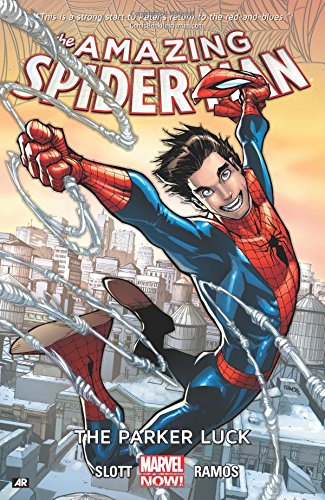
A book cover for Amazing Spider-Man Volume 1: The Parker Luck; Dan Slott; Comics & Graphic Novels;